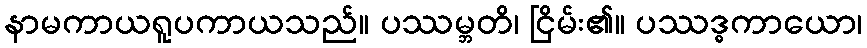
နာမကာယရူပကာယသည်။ ပဿမ္ဘတိ၊ ငြိမ်း၏။ ပဿဒ္ဓကာယော၊